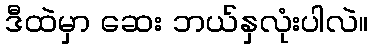
ဒီထဲမှာ ဆေး ဘယ်နှလုံးပါလဲ။